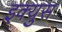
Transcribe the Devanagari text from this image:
इक्युस